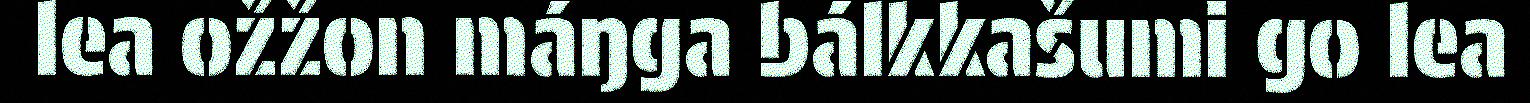
lea ožžon máŋga bálkkašumi go lea